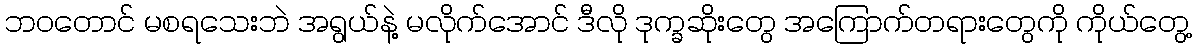
ဘဝတောင် မစရသေးဘဲ အရွယ်နဲ့ မလိုက်အောင် ဒီလို ဒုက္ခဆိုးတွေ အကြောက်တရားတွေကို ကိုယ်တွေ့